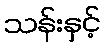
သန်းနှင့်